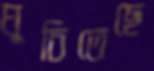
ঘুচিতেছে